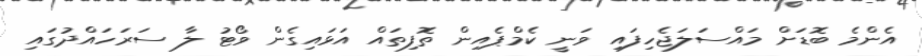
އެންމެ ބޮޑަށް މައްސަލަޖެހިފައި ވަނީ ކެމްޕެއިން ތޮފިތައް އަޅައިގެން ވޯޓު ލާ ސަރަހައްދުގައި